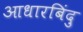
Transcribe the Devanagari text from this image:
आधारबिंदु